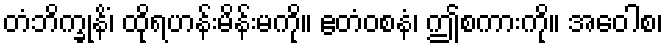
တံဘိက္ခုနိံ၊ ထိုရဟန်းမိန်းမကို။ ဧတံဝစနံ၊ ဤစကားကို။ အဝေါစ၊